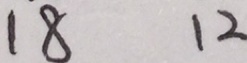
1 8 1 2